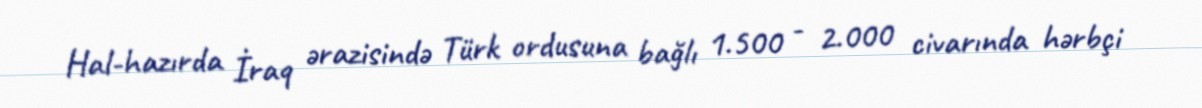
Hal-hazırda İraq ərazisində Türk ordusuna bağlı 1.500 - 2.000 civarında hərbçi